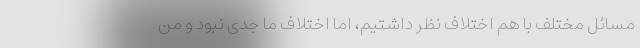
مسائل مختلف با هم اختلاف نظر داشتیم، اما اختلاف ما جدی نبود و من